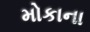
મોકાના